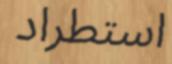
استطراد